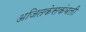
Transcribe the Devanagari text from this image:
अजितकेसकंबली